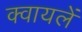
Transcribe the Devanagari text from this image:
क्वायलें